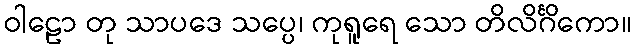
ဝါဠော တု သာပဒေ သပ္ပေ၊ ကုရူရေ သော တိလိင်္ဂိကော။